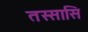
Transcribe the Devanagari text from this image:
तस्सासि